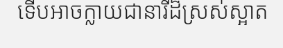
ទើបអាចក្លាយជានារីដ៏ស្រស់ស្អាត